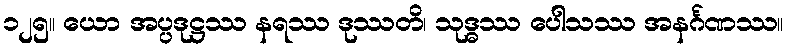
၁၂၅။ ယော အပ္ပဒုဋ္ဌဿ နရဿ ဒုဿတိ၊ သုဒ္ဓဿ ပေါသဿ အနင်္ဂဏဿ။